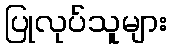
ပြုလုပ်သူများ